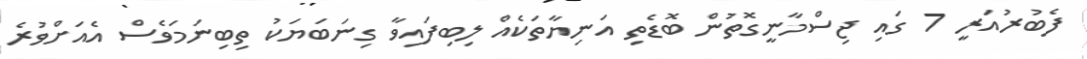
ފެބުރުއަރީ 7 ގައި ޖިސްމާނީގޮތުން ބޮޑެތި އަނިޔާތަކެއް ލިބިފައިވާ ގިނަބަޔަކު ތިބިނަމަވެސް އެއަށްވުރެ